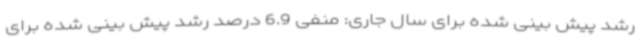
رشد پیش بینی شده برای سال جاری: منفی 6.9 درصد رشد پیش بینی شده برای